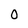
Character: 0